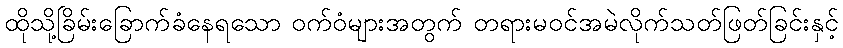
ထိုသို့ခြိမ်းခြောက်ခံနေရသော ဝက်ဝံများအတွက် တရားမဝင်အမဲလိုက်သတ်ဖြတ်ခြင်းနှင့်